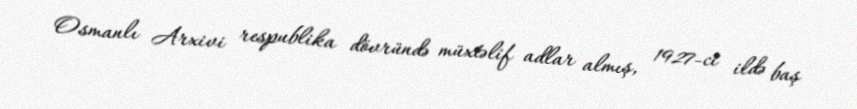
Osmanlı Arxivi respublika dövründə müxtəlif adlar almış, 1927-ci ildə baş